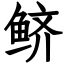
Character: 鲚